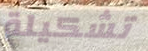
تشكيلة